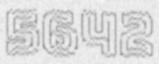
5642